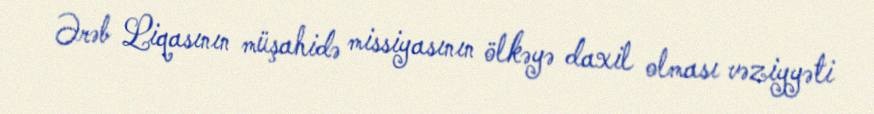
Ərəb Liqasının müşahidə missiyasının ölkəyə daxil olması vəziyyəti